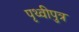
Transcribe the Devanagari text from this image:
पृथ्वीपुत्र